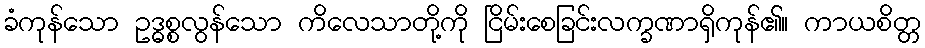
ခံကုန်သော ဥဒ္ဓစ္စလွန်သော ကိလေသာတို့ကို ငြိမ်းစေခြင်းလက္ခဏာရှိကုန်၏။ ကာယစိတ္တ